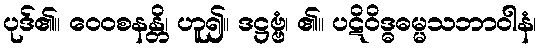
ပုဒ်၏။ ဝေဝစနန္တိ၊ ဟူ၍။ ဒဋ္ဌဗ္ဗံ၊ ၏။ ပဋိဝိဒ္ဓဓမ္မသဘာဝါနံ၊